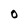
Character: O